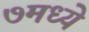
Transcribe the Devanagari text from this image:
७मध्ये